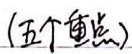
(五个重点)